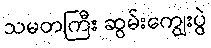
သမတကြီး ဆွမ်းကျွေးပွဲ